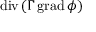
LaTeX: \operatorname { d i v } \left( \Gamma \operatorname { g r a d } \phi \right)